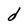
Character: d